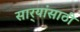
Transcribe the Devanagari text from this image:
सार्‍यांसाठी